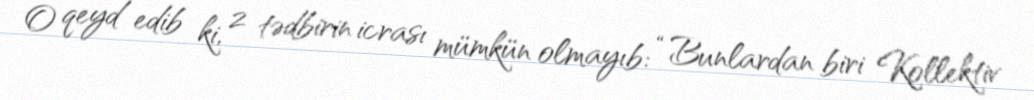
O qeyd edib ki, 2 tədbirin icrası mümkün olmayıb: “Bunlardan biri Kollektiv